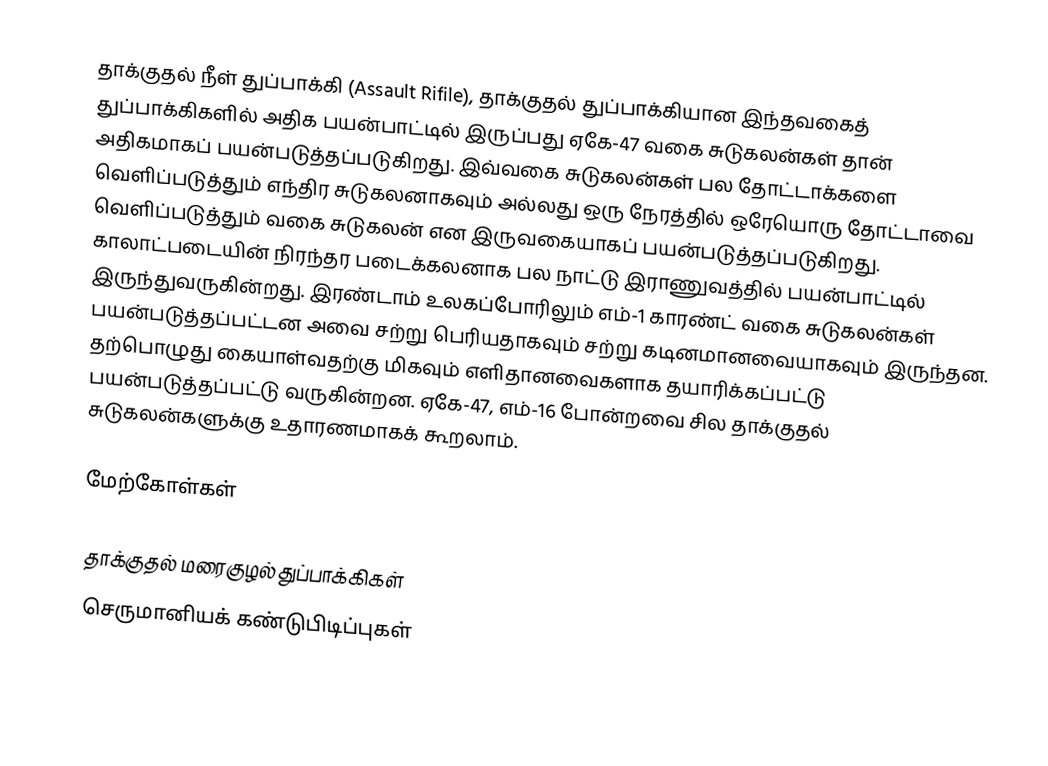
தாக்குதல் நீள் துப்பாக்கி (Assault Rifile), தாக்குதல் துப்பாக்கியான இந்தவகைத் துப்பாக்கிகளில் அதிக பயன்பாட்டில் இருப்பது ஏகே-47 வகை சுடுகலன்கள் தான் அதிகமாகப் பயன்படுத்தப்படுகிறது. இவ்வகை சுடுகலன்கள் பல தோட்டாக்களை வெளிப்படுத்தும் எந்திர சுடுகலனாகவும் அல்லது ஒரு நேரத்தில் ஒரேயொரு தோட்டாவை வெளிப்படுத்தும் வகை சுடுகலன் என இருவகையாகப் பயன்படுத்தப்படுகிறது. காலாட்படையின் நிரந்தர படைக்கலனாக பல நாட்டு இராணுவத்தில் பயன்பாட்டில் இருந்துவருகின்றது. இரண்டாம் உலகப்போரிலும் எம்-1 காரண்ட் வகை சுடுகலன்கள் பயன்படுத்தப்பட்டன அவை சற்று பெரியதாகவும் சற்று கடினமானவையாகவும் இருந்தன. தற்பொழுது கையாள்வதற்கு மிகவும் எளிதானவைகளாக தயாரிக்கப்பட்டு பயன்படுத்தப்பட்டு வருகின்றன. ஏகே-47, எம்-16 போன்றவை சில தாக்குதல் சுடுகலன்களுக்கு உதாரணமாகக் கூறலாம்.

மேற்கோள்கள்

தாக்குதல் மரைகுழல் துப்பாக்கிகள்
செருமானியக் கண்டுபிடிப்புகள்